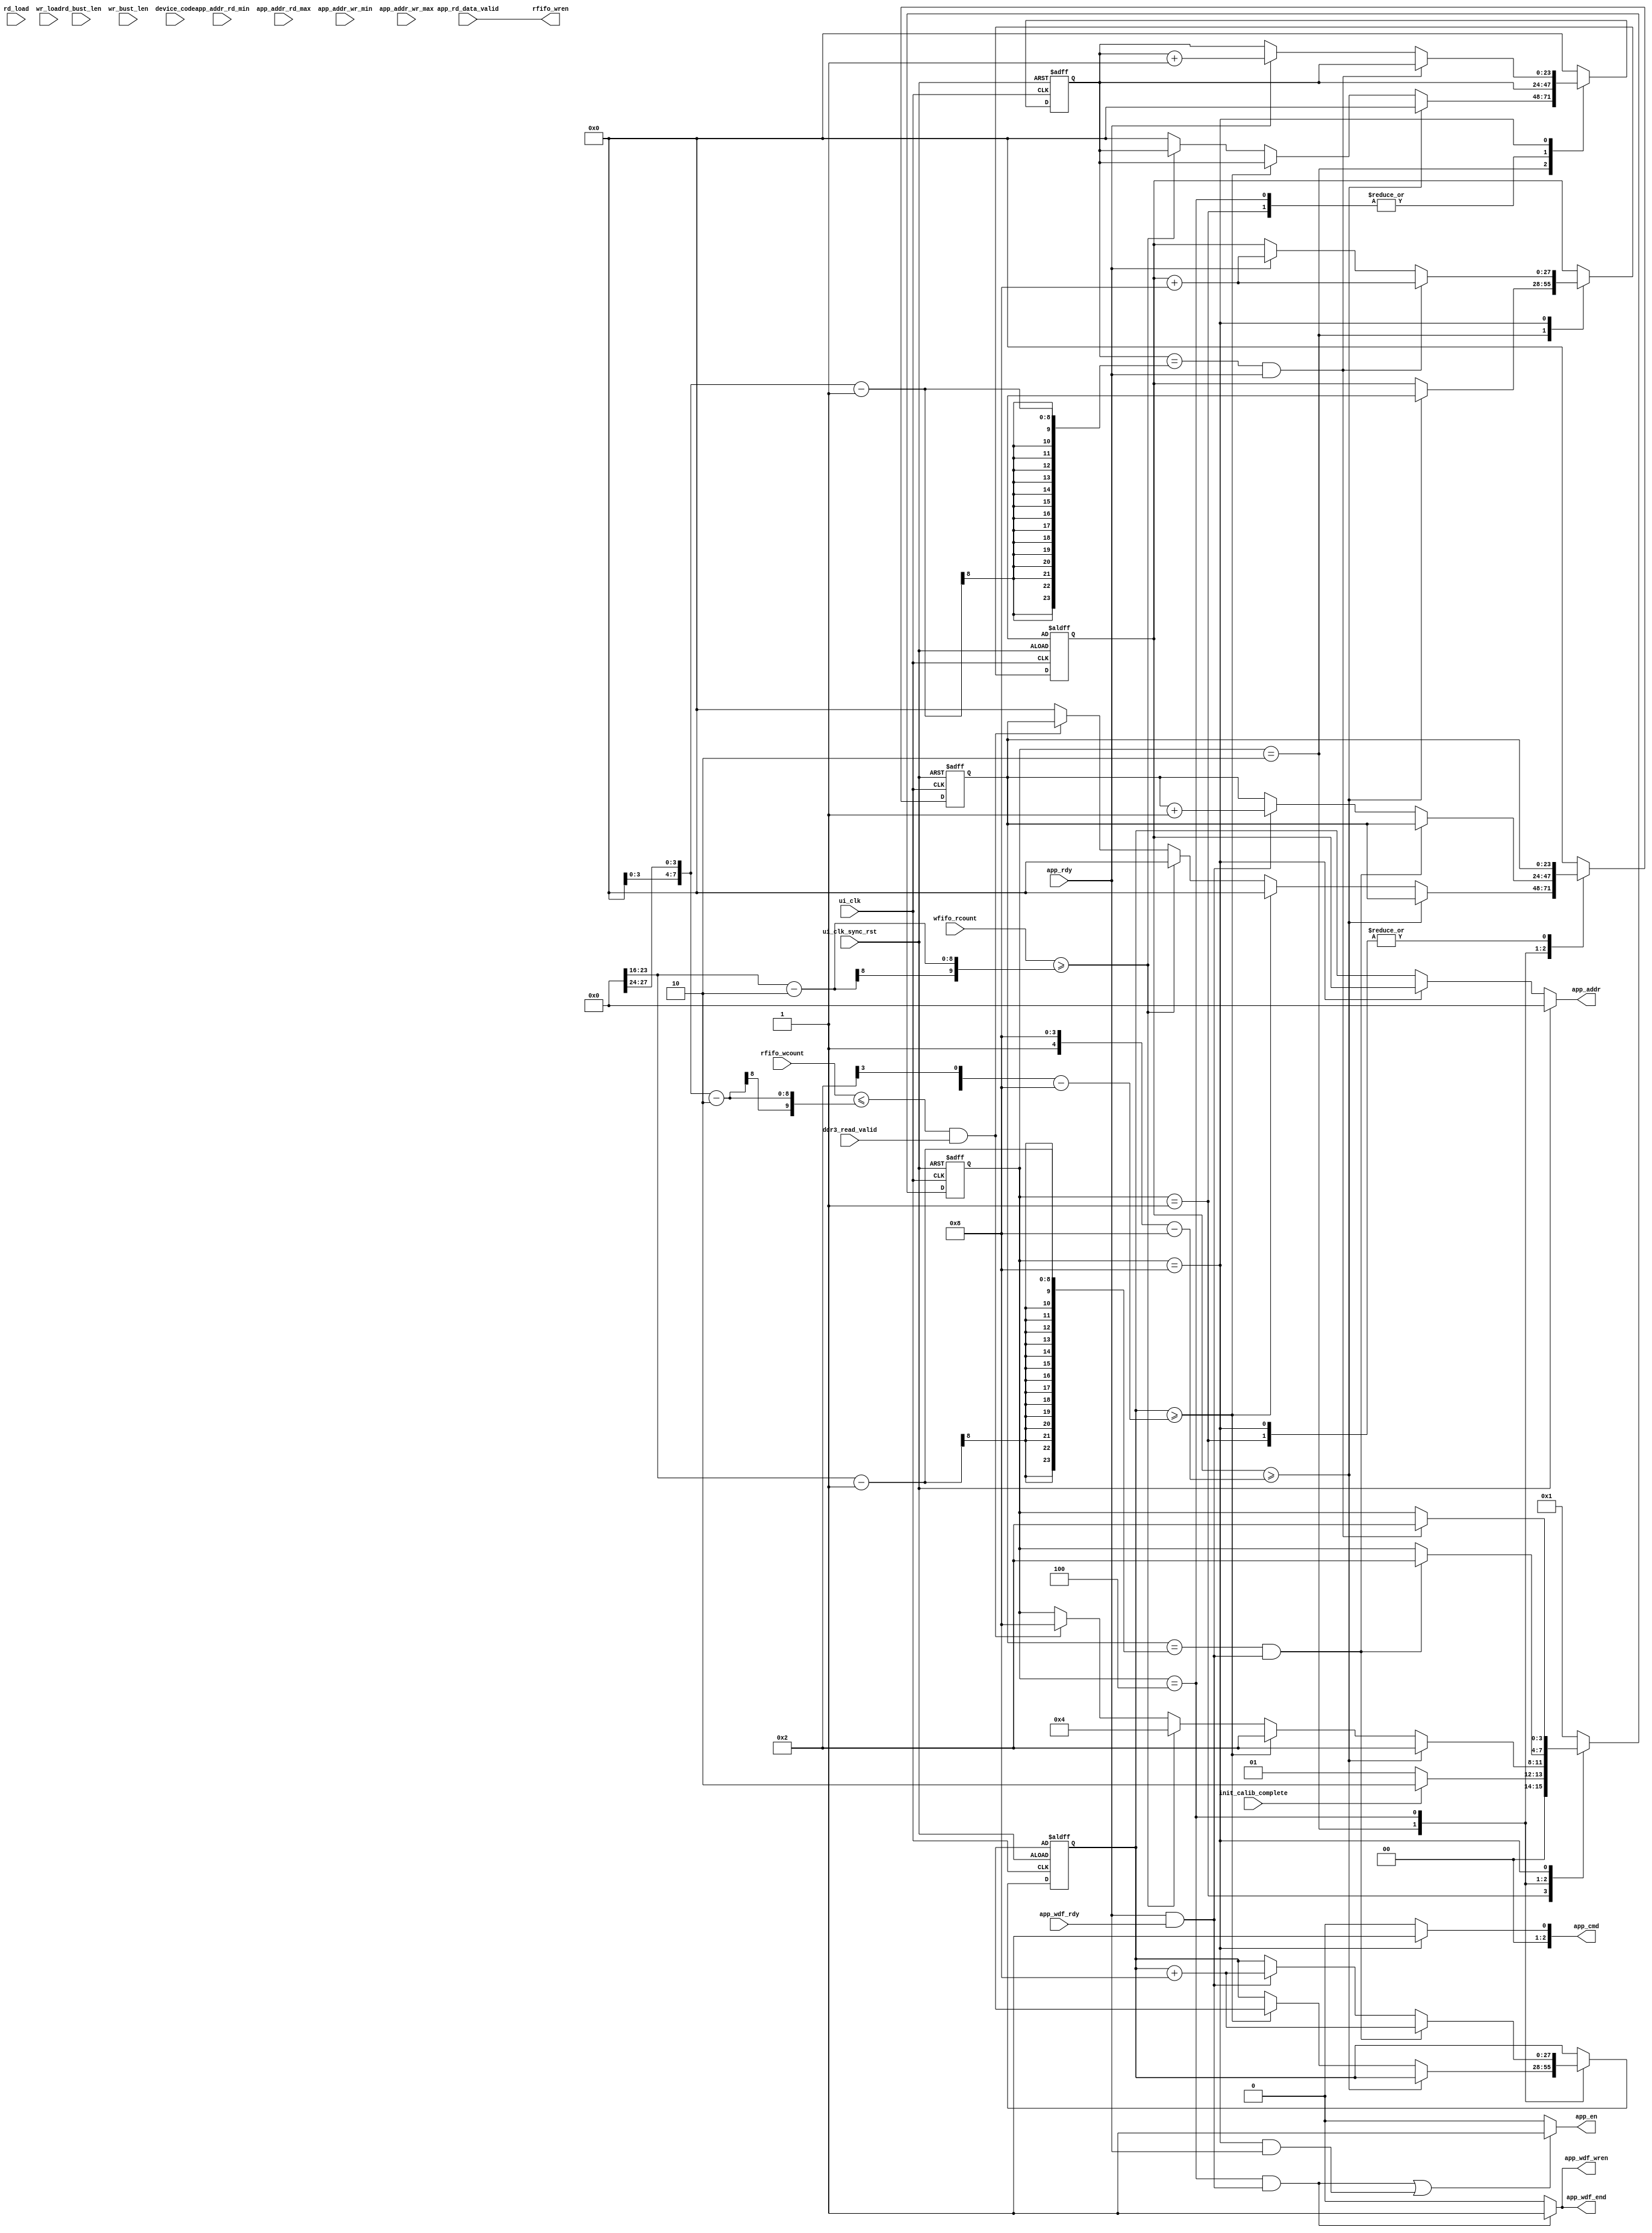
module ddr3_rw(          
    input           ui_clk               ,  //
    input           ui_clk_sync_rst      ,  //,
    input           init_calib_complete  ,  //DDR3
    input           app_rdy              ,  //IP
    input           app_wdf_rdy          ,  //FIFO
    input           app_rd_data_valid    ,  //
    input   [9:0]   wfifo_rcount         ,  //FIFO
    input   [9:0]   rfifo_wcount         ,  //FIFO
    input           rd_load              ,  //
    input           wr_load              ,  //
    input   [27:0]  app_addr_rd_min      ,  //DDR3
    input   [27:0]  app_addr_rd_max      ,  //DDR3
    input   [7:0]   rd_bust_len          ,  //DDR3
    input   [27:0]  app_addr_wr_min      ,  //DDR3
    input   [27:0]  app_addr_wr_max      ,  //DDR3
    input   [7:0]   wr_bust_len          ,  //DDR3

    input           ddr3_read_valid      ,  //DDR3    
    // input           ddr3_pingpang_en     ,  //DDR3          
    input   [1:0]   device_code          , 
    output          rfifo_wren           ,  //ddr3 
    output reg [27:0]  app_addr             ,  //DDR3                 
    output          app_en               ,  //IP
    output          app_wdf_wren         ,  //   
    output          app_wdf_end          ,  // 
    output  [2:0]   app_cmd                 //IP       
    );
    
//localparam 
localparam IDLE        = 4'b0001;   //
localparam DDR3_DONE   = 4'b0010;   //DDR3
localparam WRITE       = 4'b0100;   //FIFO
localparam READ        = 4'b1000;   //FIFO

//reg define
reg    [27:0] app_addr_rd;          //DDR3
reg    [27:0] app_addr_wr;          //DDR3
reg    [3:0]  state_cnt;            //
reg    [23:0] rd_addr_cnt;          //
reg    [23:0] wr_addr_cnt;          //  
reg    [10:0] raddr_rst_h_cnt;      // 
reg    [27:0] app_addr_rd_min_a;    //DDR3
reg    [27:0] app_addr_rd_max_a;    //DDR3
reg    [7:0]  rd_bust_len_a;        //DDR3
reg    [27:0] app_addr_wr_min_a;    //DDR3
reg    [27:0] app_addr_wr_max_a;    //DDR3
reg    [7:0]  wr_bust_len_a;        //DDR3
//wire define
wire          rst_n;

 //*****************************************************
//**                    main code
//***************************************************** 

//wfifo
assign rfifo_wren =  app_rd_data_valid;

assign rst_n = ~ui_clk_sync_rst;

//DDR3,DDR3
assign app_en = ((state_cnt == WRITE && (app_rdy && app_wdf_rdy))
                ||(state_cnt == READ && app_rdy)) ? 1'b1:1'b0;
                
//,DDR3
assign app_wdf_wren = (state_cnt == WRITE && (app_rdy && app_wdf_rdy)) ? 1'b1:1'b0;

//DDR34:18
assign app_wdf_end = app_wdf_wren; 

//10
assign app_cmd = (state_cnt == READ) ? 3'd1 :3'd0; 

//ddrbank
always @(*) begin
    if(~rst_n)
        app_addr <= 0;
    else if(state_cnt == READ )
        app_addr <= app_addr_rd;
    else
        app_addr <= app_addr_wr;        
end
   
//DDR3
always @(posedge ui_clk or negedge rst_n) begin
    if(~rst_n) begin 
        state_cnt    <= IDLE;              
        wr_addr_cnt  <= 24'd0;      
        rd_addr_cnt  <= 24'd0;       
        app_addr_wr  <= app_addr_wr_min_a;   
        app_addr_rd  <= app_addr_rd_min_a; 
    end
    else begin
        case(state_cnt)
            IDLE:begin
                if(init_calib_complete)
                    state_cnt <= DDR3_DONE ;
                else
                    state_cnt <= IDLE;
            end
            DDR3_DONE:begin 
                if(app_addr_rd >= app_addr_rd_max_a - 4'd8)begin  
                        state_cnt <= DDR3_DONE;
                        rd_addr_cnt  <= 24'd0;      
                        app_addr_rd <= app_addr_rd_min_a; 
                end
                //wr_fifoDDR3
                else if(app_addr_wr >= app_addr_wr_max_a - 4'd8)begin  
                        state_cnt <= DDR3_DONE;
                        wr_addr_cnt  <= 24'd0;      
                        app_addr_wr <= app_addr_wr_min_a; 
                end	   
                //wr_fifowr_bust_len_a 		    
                else if(wfifo_rcount >= wr_bust_len_a - 2'd2)begin      
                    state_cnt <= WRITE;              //
                    wr_addr_cnt  <= 24'd0;                       
                    app_addr_wr <= app_addr_wr;      //        
                end
                //rd_fiford_bust_len_a,ddr1
                else if(rfifo_wcount <= rd_bust_len_a - 2'd2 && ddr3_read_valid )begin  
                    state_cnt <= READ;                              //
                    rd_addr_cnt <= 24'd0;
                    app_addr_rd <= app_addr_rd;      //
                end
                else begin
                    state_cnt <= state_cnt;   
                    wr_addr_cnt  <= 24'd0;      
                    rd_addr_cnt  <= 24'd0;                                     
                end
            end    
            WRITE:   begin  //wr_fifoddr
                if((wr_addr_cnt == (wr_bust_len_a - 1'b1)) && 
                   (app_rdy && app_wdf_rdy))begin    //                  
                    state_cnt    <= DDR3_DONE;       //               
                    app_addr_wr <= app_addr_wr + 4'd8;  //88
                end       
                else if(app_rdy && app_wdf_rdy)begin   //
                    wr_addr_cnt  <= wr_addr_cnt + 1'b1;//
                    app_addr_wr  <= app_addr_wr + 4'd8;   //88
                end
                else begin                             //     
                    wr_addr_cnt  <= wr_addr_cnt;
                    app_addr_wr  <= app_addr_wr; 
                end
            end
            READ:begin  //ddrrd_fifo                      //    
                if((rd_addr_cnt == (rd_bust_len_a - 1'b1)) && app_rdy)begin
                    state_cnt   <= DDR3_DONE;          // 
                    app_addr_rd <= app_addr_rd + 4'd8;
                end       
                else if(app_rdy)begin               //,
                    rd_addr_cnt <= rd_addr_cnt + 1'b1; //
                    app_addr_rd <= app_addr_rd + 4'd8; //8,DDR38
                end
                else begin                         //,
                    rd_addr_cnt <= rd_addr_cnt;
                    app_addr_rd <= app_addr_rd; 
                end
            end             
            default:begin
                state_cnt    <= IDLE;
                wr_addr_cnt  <= 24'd0;
                rd_addr_cnt  <= 24'd0;
            end
        endcase
    end
end                          

endmodule